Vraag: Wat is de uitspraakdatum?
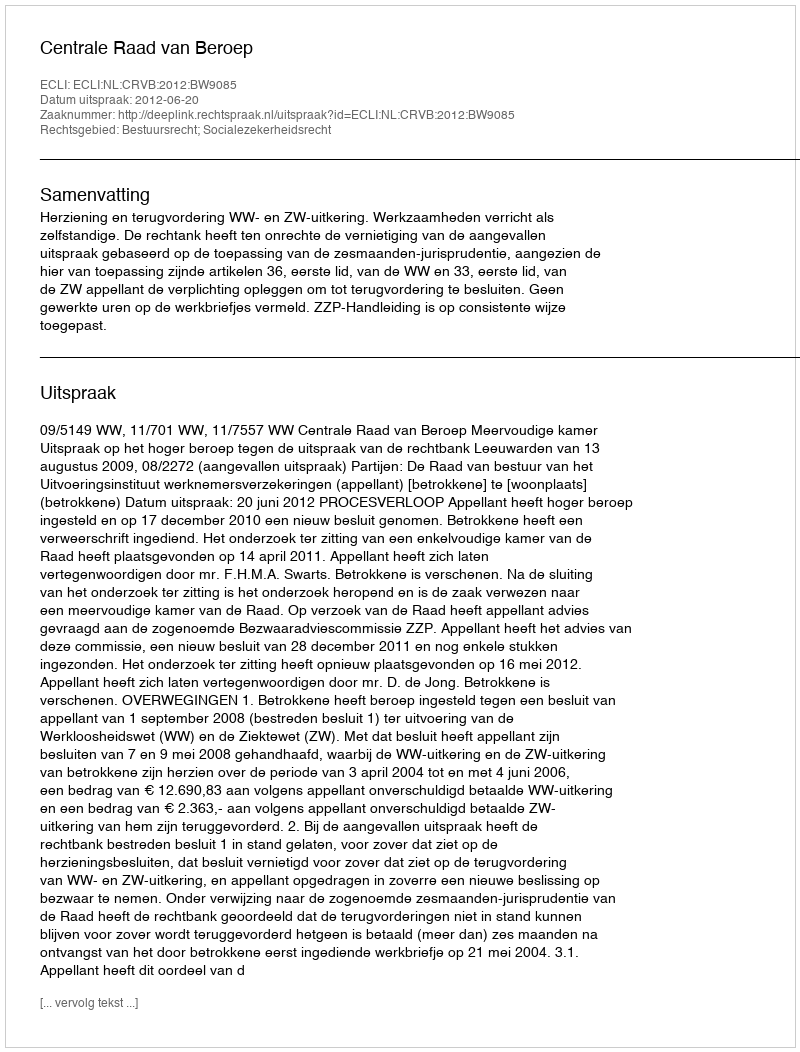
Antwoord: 2012-06-20